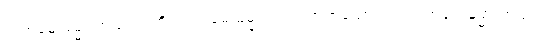
ကတမေ ဓမ္မာ ကုသလာတိ၊ ကတမေ ဓမ္မာ ကုသလာဟူသော။ ဝါ၊ ကတမေ ဓမ္မာ ကုသလာ